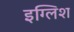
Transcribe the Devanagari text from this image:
इग्लिश